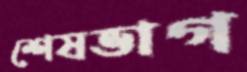
শেষভাগ